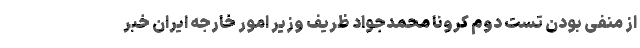
از منفی بودن تست دوم کرونا محمدجواد ظریف وزیر امور خارجه ایران خبر